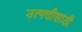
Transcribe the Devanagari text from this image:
उत्पत्तीसाठी